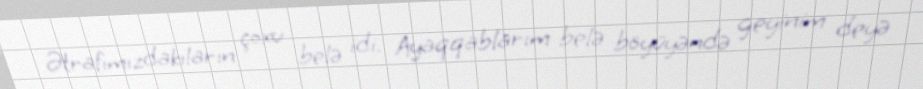
Ətrafımızdakıların çoxu belə idi. Ayaqqablarım belə böyüyəndə geyinim deyə